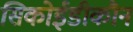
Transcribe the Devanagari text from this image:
सिकोईडीकौन